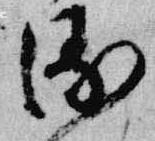
衛